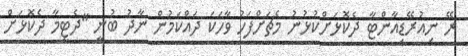
ރޭ ނިއުރޭޑިއާންޓާ ދެކޮޅަށްކުޅުނު މެޗަށްފަހު ވާހަކަ ދައްކަމުން ނާދު ބުނީ "ދެޓީމާ ދެކޮޅަށް